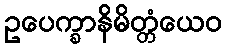
ဥပေက္ခာနိမိတ္တံယေဝ